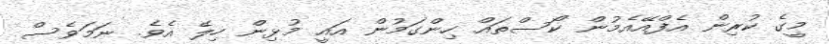
މީގެ ކުރިން އެފްއޭއެމުން ކޯސްތައް ހިންގަމުން އައީ މުޅިން ހިލޭ އެވެ. ނަމަވެސް